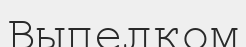
Выпелком